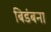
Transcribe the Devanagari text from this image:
बिडंबना